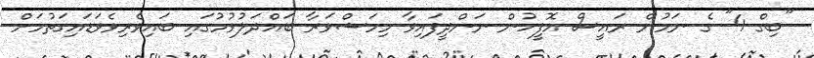
"ބިގް 4" ގެ ނަމުން ރައީސް އޮފީހުން ނަންދީފައިވާ މިމަޝްވަރާ ބައްދަލުވުމުގައި ބައިވެރިވެވަޑައިގަތުމަށް